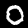
Label: 0